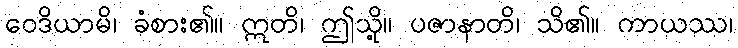
ဝေဒိယာမိ၊ ခံစား၏။ ဣတိ၊ ဤသို့။ ပဇာနာတိ၊ သိ၏။ ကာယဿ၊